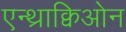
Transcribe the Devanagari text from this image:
एन्थ्राक्विओन